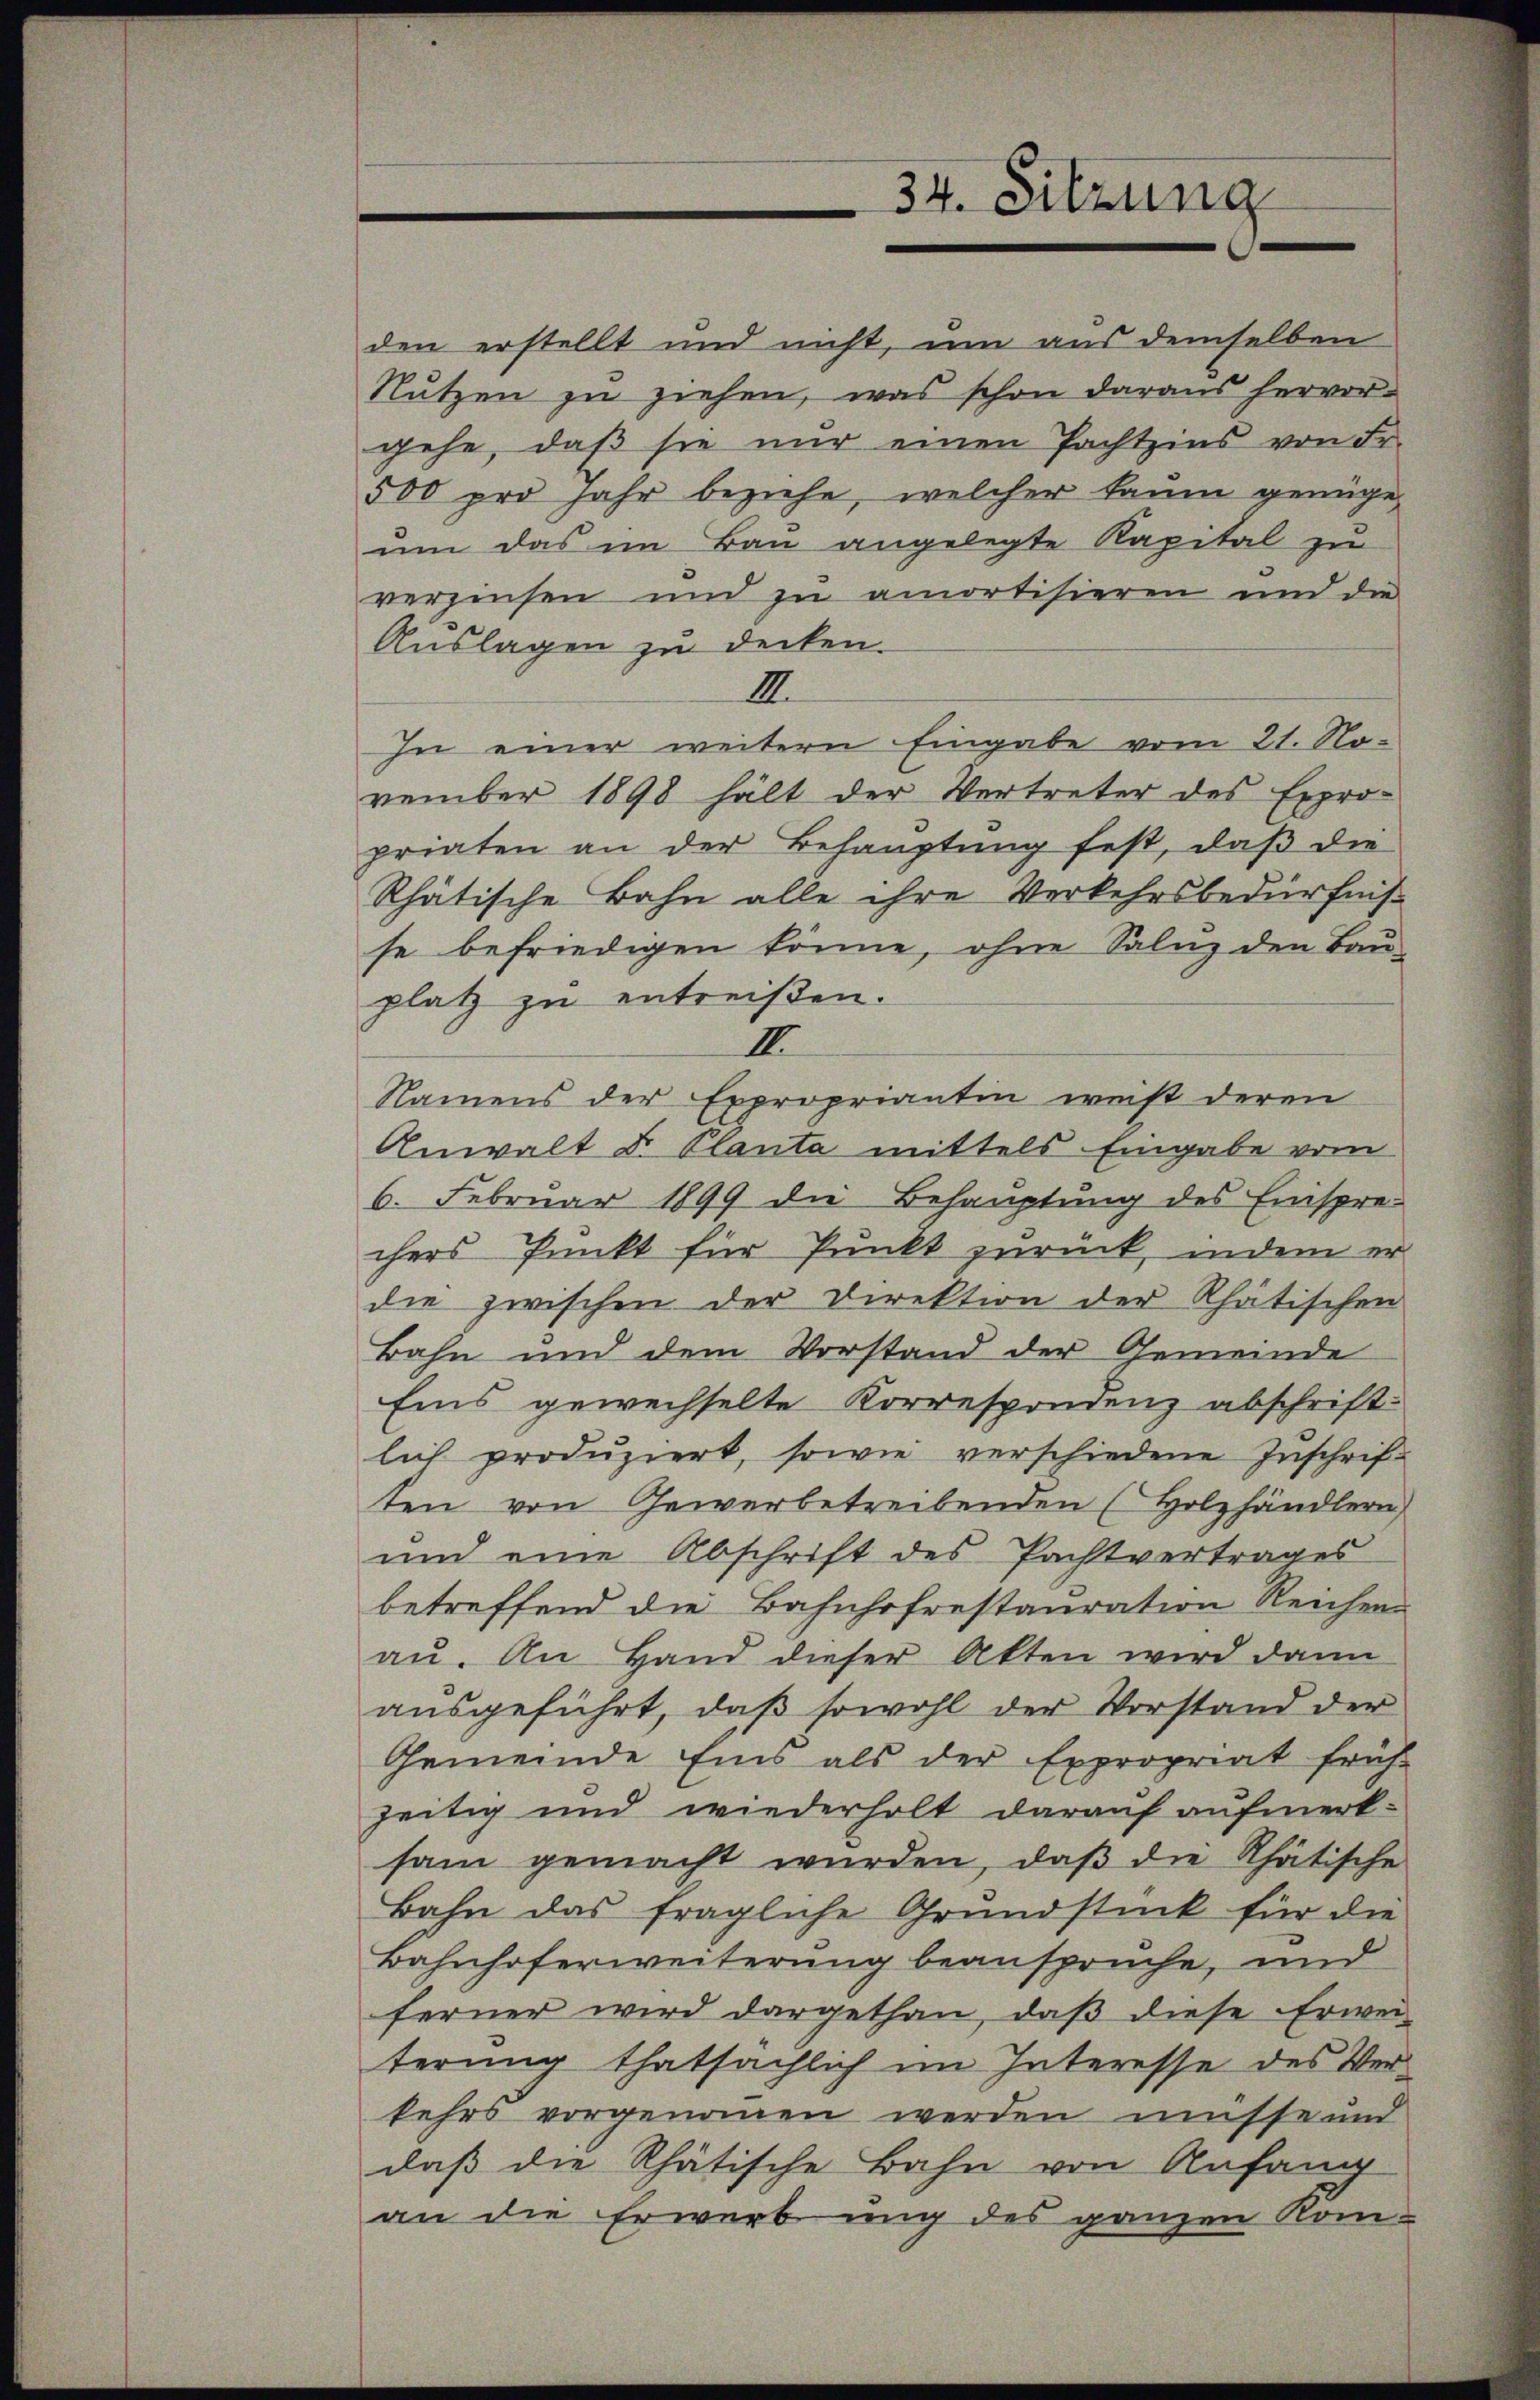
den erstellt und nicht, um aus demselben
Nutzen zu ziehen, was schon daraus hervor-
gehe, daβ sie nŭr einen Pachtzins von Fr.
500 pro Jahr beziehe, welcher kaum genüge
um das im Bau angelegte Kapital zu
verzinsen und zu amortisieren und die
Auslagen zu decken.
III.
In einer weitern Eingabe vom 21. No-
vember 1898 hält der Vertreter des Expro-
priaten an der Behauptung fest, daβ die
Rhätische Bahn alle ihre Verkehrsbedürfnisse befriedigen könne, ohne Saluz den Bau-
platz zu entreißen.
III.
Namens der Expropriantin weiß deren
Anwalt u. Planta mittels Eingabe vom
6. Februar 1899 die Behauptung des Einspre-
chers Punkt für Punkt zurück, indem er
die zwischen der Direktion der Rhätischen
Bahn und dem Vorstand der Gemeinde
Eins gewechselte Korrespondenz abschrift-
lich produziert, sowie verschiedene Inschrif-
ten von Gewerbetreibenden (Holzhändlern,
und eine Abschrift des Pachtvertrages
betreffend die Bahnhofrestauration Reichen
au. An Hand dieser Akten wird dann
ausgeführt, daß sowohl der Vorstand der
Gemeinde Eins als der Expropriat früh-
zeitig und wiederholt darauf aufmerksam gemacht wurden, daβ die Rhätische
Bahn das fragliche Grundstück für die
Bahnhoferweiterung beansprüche, und
ferner wird dargethan, daß diese Erwei-
terung thatsächlich im Interesse des Ver-
kehrs vorgenommen werden müsse und
daß die Rhätische Bahn von Anfang
an die Erwerbung des ganzen Kom¬

34. Sitzung